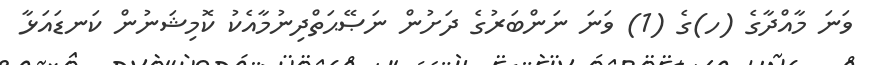
ވަނަ މާއްދާގެ (ހ)ގެ (1) ވަނަ ނަންބަރުގެ ދަށުން ނަޞޭޙަތްދިނުމާއެކު ކޮމިޝަނުން ކަނޑައަޅާ